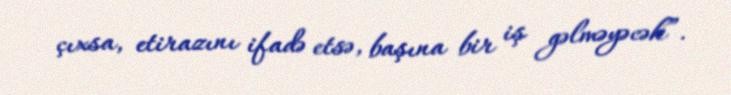
çıxsa, etirazını ifadə etsə, başına bir iş gəlməyəcək”.